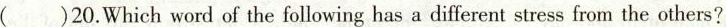
（）20. Which word of the following has a different strss from the others?